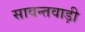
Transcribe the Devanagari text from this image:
सावन्तवाड़ी